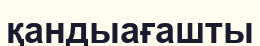
қандыағашты